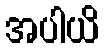
အပါယိ